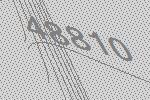
48810